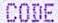
CODE